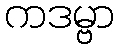
ကဒမ္ဗာ